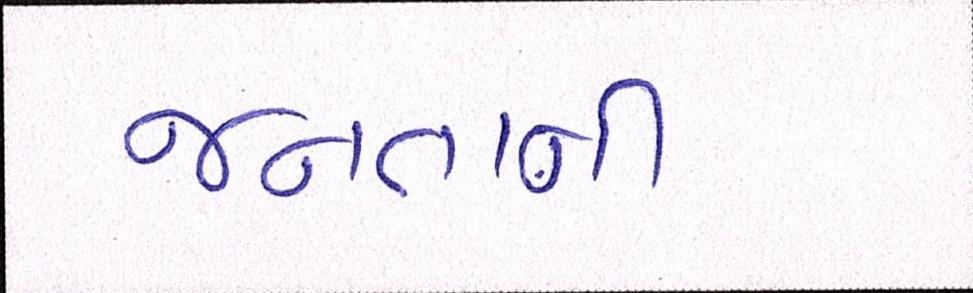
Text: જનતાની